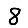
Digit: 8